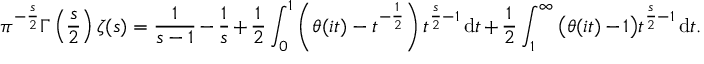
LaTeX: \pi ^ { - { \frac { s } { 2 } } } \Gamma \left( { \frac { s } { 2 } } \right) \zeta ( s ) = { \frac { 1 } { s - 1 } } - { \frac { 1 } { s } } + { \frac { 1 } { 2 } } \int _ { 0 } ^ { 1 } \left( \theta ( i t ) - t ^ { - { \frac { 1 } { 2 } } } \right) t ^ { { \frac { s } { 2 } } - 1 } \, \mathrm { d } t + { \frac { 1 } { 2 } } \int _ { 1 } ^ { \infty } { \bigl ( } \theta ( i t ) - 1 { \bigr ) } t ^ { { \frac { s } { 2 } } - 1 } \, \mathrm { d } t .